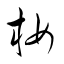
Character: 析